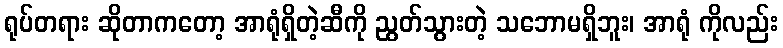
ရုပ်တရား ဆိုတာကတော့ အာရုံရှိတဲ့ဆီကို ညွတ်သွားတဲ့ သဘောမရှိဘူး၊ အာရုံ ကိုလည်း